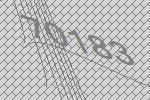
70183